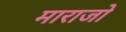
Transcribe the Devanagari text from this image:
माराजो